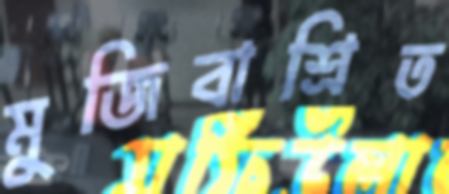
মুজিবাশ্রিত